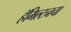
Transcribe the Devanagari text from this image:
हॅमिल्टनचा